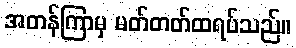
အတန်ကြာမှ မတ်တတ်ထရပ်သည်။